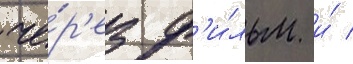
че́р'ез ф'и́льм и́ /